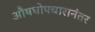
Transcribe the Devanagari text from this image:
औषधोपचारानंतर